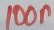
Text: 100n